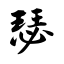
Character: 瑟